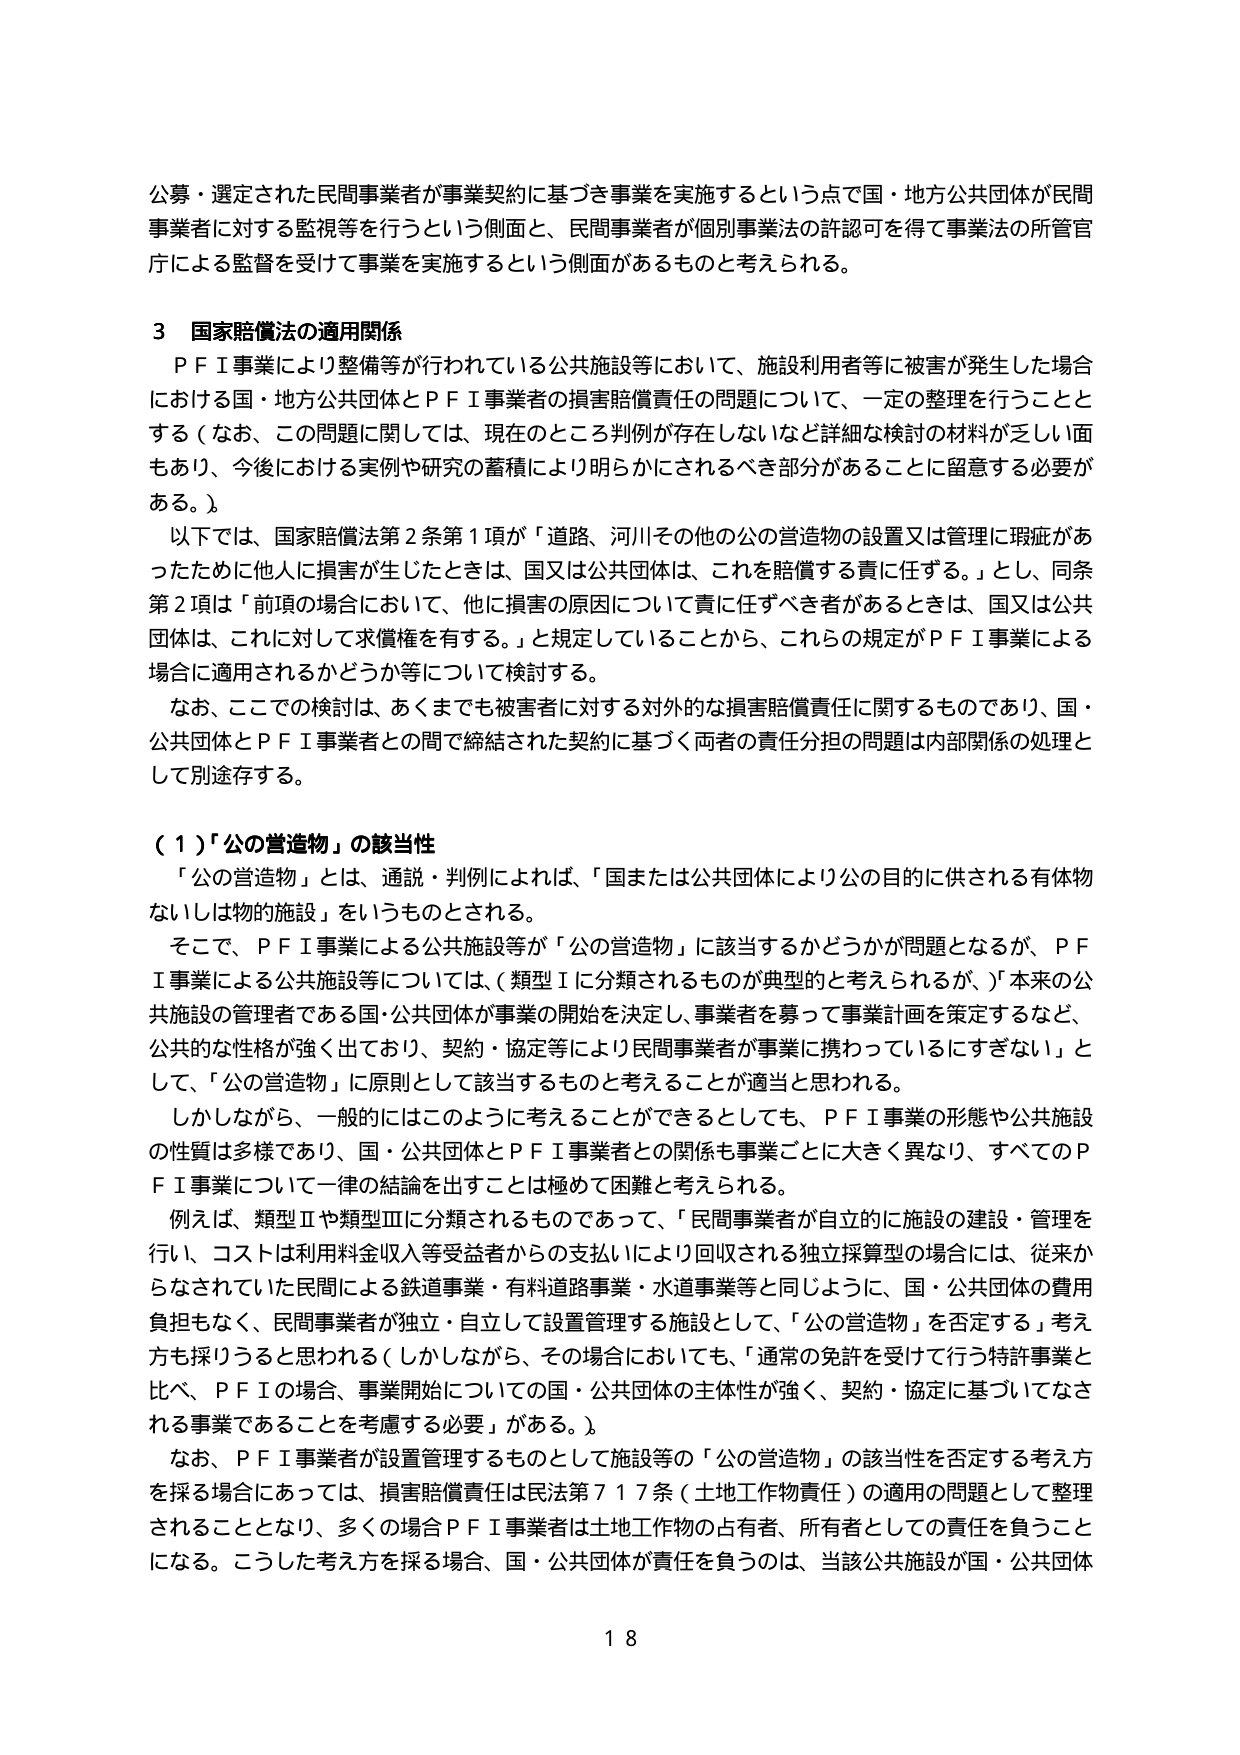
公募・選定された民間事業者が事業契約に基づき事業を実施するという点で国・地方公共団体が民間事業者に対する監視等を行うという側面と、民間事業者が個別事業法の許認可を得て事業法の所管官庁による監督を受けて事業を実施するという側面があるものと考えられる。

3 国家賠償法の適用関係
ＰＦＩ事業により整備等が行われている公共施設等において、施設利用者等に被害が発生した場合における国・地方公共団体とＰＦＩ事業者の損害賠償責任の問題について、一定の整理を行うこととする（なお、この問題に関しては、現在のところ判例が存在しないなど詳細な検討の材料が乏しい面もあり、今後における実例や研究の蓄積により明らかにされるべき部分があることに留意する必要がある。）。
以下では、国家賠償法第2条第1項が「道路、河川その他の公の営造物の設置又は管理に瑕疵があったために他人に損害が生じたときは、国又は公共団体は、これを賠償する責に任ずる。」とし、同条第2項は「前項の場合において、他に損害の原因について責に任ずべき者があるときは、国又は公共団体は、これに対して求償権を有する。」と規定していることから、これらの規定がＰＦＩ事業による場合に適用されるかどうか等について検討する。
なお、ここでの検討は、あくまでも被害者に対する対外的な損害賠償責任に関するものであり、国・公共団体とＰＦＩ事業者との間で締結された契約に基づく両者の責任分担の問題は内部関係の処理として別途存する。

（１）「公の営造物」の該当性
「公の営造物」とは、通説・判例によれば、「国または公共団体により公の目的に供される有体物ないしは物的施設」をいうものとされる。
そこで、ＰＦＩ事業による公共施設等が「公の営造物」に該当するかどうかが問題となるが、ＰＦＩ事業による公共施設等については、（類型Ⅰに分類されるものが典型的と考えられるが、）本来の公共施設の管理者である国・公共団体が事業の開始を決定し、事業者を募って事業計画を策定するなど、公共的な性格が強く出ており、契約・協定等により民間事業者が事業に携わっているにすぎない」として、「公の営造物」に原則として該当するものと考えることが適当と思われる。
しかしながら、一般的にはこのように考えることができるとしても、ＰＦＩ事業の形態や公共施設の性質は多様であり、国・公共団体とＰＦＩ事業者との関係も事業ごとに大きく異なり、すべてのＰＦＩ事業について一律の結論を出すことは極めて困難と考えられる。
例えば、類型Ⅱや類型Ⅲに分類されるものであって、「民間事業者が自立的に施設の建設・管理を行い、コストは利用料金収入等受益者からの支払いにより回収される独立採算型の場合には、従来からなされていた民間による鉄道事業・有料道路事業・水道事業等と同じように、国・公共団体の費用負担もなく、民間事業者が独立・自立して設置管理する施設として、「公の営造物」を否定する」考え方も採りうると思われる（しかしながら、その場合においても、「通常の免許を受けて行う特許事業と比べ、ＰＦＩの場合、事業開始についての国・公共団体の主体性が強く、契約・協定に基づいてなされる事業であることを考慮する必要」がある。）。
なお、ＰＦＩ事業者が設置管理するものとして施設等の「公の営造物」の該当性を否定する考え方を採る場合にあっては、損害賠償責任は民法第717条（土地工作物責任）の適用の問題として整理されることとなり、多くの場合ＰＦＩ事業者は土地工作物の占有者、所有者としての責任を負うことになる。こうした考え方を採る場合、国・公共団体が責任を負うのは、当該公共施設が国・公共団体

18